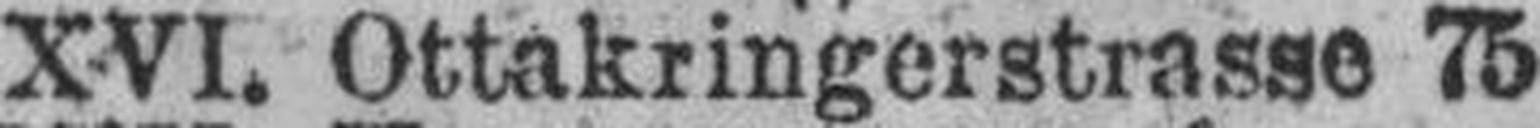
XVI. Ottakringerstrasse 75